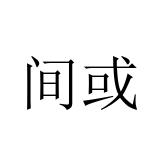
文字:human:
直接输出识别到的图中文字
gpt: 间或